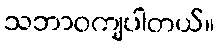
သဘာဝကျပါတယ်။